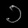
Digit: ၁